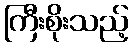
ကြီးစိုးသည့်